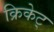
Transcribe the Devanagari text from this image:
क्रिकेट्